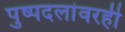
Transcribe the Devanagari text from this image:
पुष्पदलांवरही